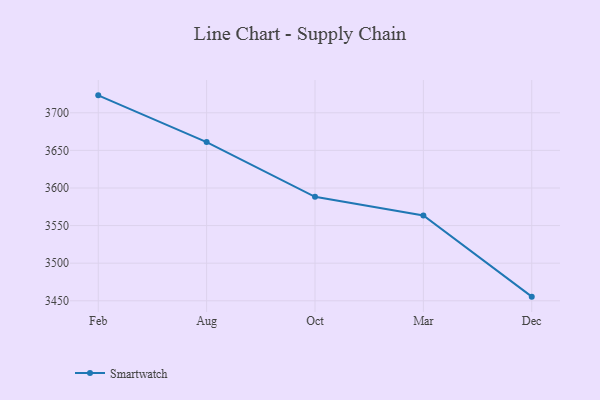
{"axis": {"x": "Month", "y": "Churn Rate (%)"}, "legend": ["Smartwatch"], "data": [{"x": "Feb", "y": 3723.2, "type": "Smartwatch"}, {"x": "Aug", "y": 3661.1, "type": "Smartwatch"}, {"x": "Oct", "y": 3588.3, "type": "Smartwatch"}, {"x": "Mar", "y": 3563.5, "type": "Smartwatch"}, {"x": "Dec", "y": 3455.5, "type": "Smartwatch"}]}